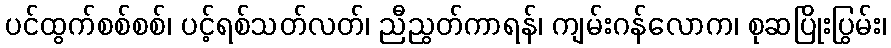
ပင်ထွက်စစ်စစ်၊ ပင့်ရစ်သတ်လတ်၊ ညီညွတ်ကာရန်၊ ကျမ်းဂန်လောက၊ စုဆပြိုးပြွမ်း၊